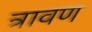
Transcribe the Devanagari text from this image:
त्रावण